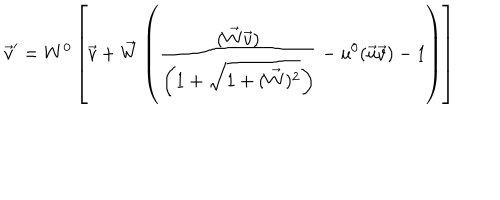
\vec { v } ^ { \prime } = W ^ { 0 } \left[ \vec { v } + \vec { W } \left( \frac { ( \vec { W } \vec { v } ) } { \left( 1 + \sqrt { 1 + ( \vec { W } ) ^ { 2 } } \right) } - u ^ { 0 } ( \vec { u } \vec { v } ) - 1 \right) \right]